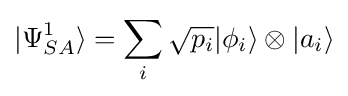
|\Psi _{SA}^{1}\rangle =\sum _{i}{\sqrt {p_{i}}}|\phi _{i}\rangle \otimes |a_{i}\rangle